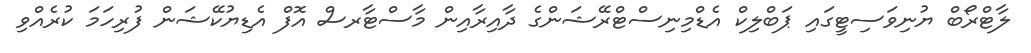
ލާޓްރޯބް ޔުނިވަސިޓީގައި ޕަބްލިކް އެޑްމިނިސްޓްރޭޝަންގެ ދާއިރާއިން މާސްޓާރސް އޮފް އެޑިޔުކޭޝަން ފުރިހަމަ ކުރެއްވި